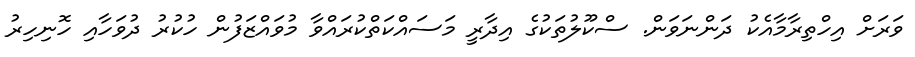
ވަރަށް އިހްތިރާމާއެކު ދަންނަވަން. ސްކޫލުތަކުގެ އިދާރީ މަސައްކަތްކުރައްވާ މުވައްޒަފުން ހުކުރު ދުވަހާއި ހޮނިހިރު